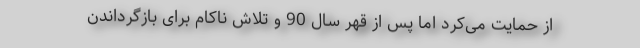
از حمایت می‌کرد اما پس از قهر سال 90 و تلاش ناکام برای بازگرداندن